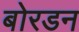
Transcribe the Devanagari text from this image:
बोरडन